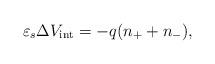
LaTeX: \begin{align*} \varepsilon_s \Delta V_\mathrm{int} = -q(n_+ + n_-),\end{align*}